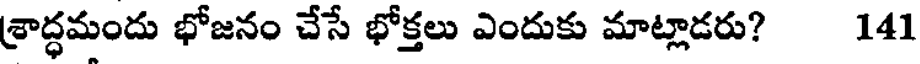
శ్రాద్ధమందు భోజనం చేసే భోక్తలు ఎందుకు మాట్లాడరు? 141